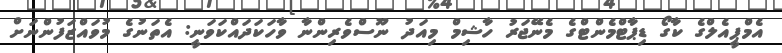
އެމްޕީއެލްގެ ކާގޯ ޑިޕާޓްމެންޓްގެ މެނޭޖަރު ހާޝިމް މިއަދު ނޫސްވެރިންނާ ވާހަކަދައްކަވަނީ: އެތަނުގެ މުވައްޒަފުންނަށް